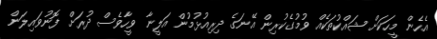
އެހެން މީހަކަށް ޝައްކުތަކެއް ވުމުގެކުރިން އޭނަގެ ދިރިއުޅުމުން އަލީނާ ވީހާވެސް ދުރަށް ފޮނުވައިލަން